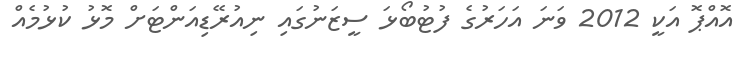
އޮއްޕޮ އަކީ 2012 ވަނަ އަހަރުގެ ފުޓުބޯޅަ ސީޒަނުގައި ނިއުރޭޑިއަންޓަށް މޮޅު ކުޅުމެއް